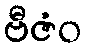
ဗီဇံဝ